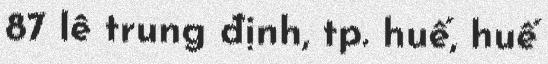
87 lê trung định, tp. huế, huế